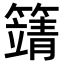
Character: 𥴰